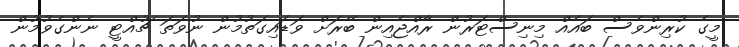
މީގެ ކުރިންވެސް ބައެއް މިނިސްޓަރުން ރާއްޖެއިން ބޭރަށް ވަޑައިގަތުމުން ނުވަތަ ޗުއްޓީ ނެންގެވުމުން